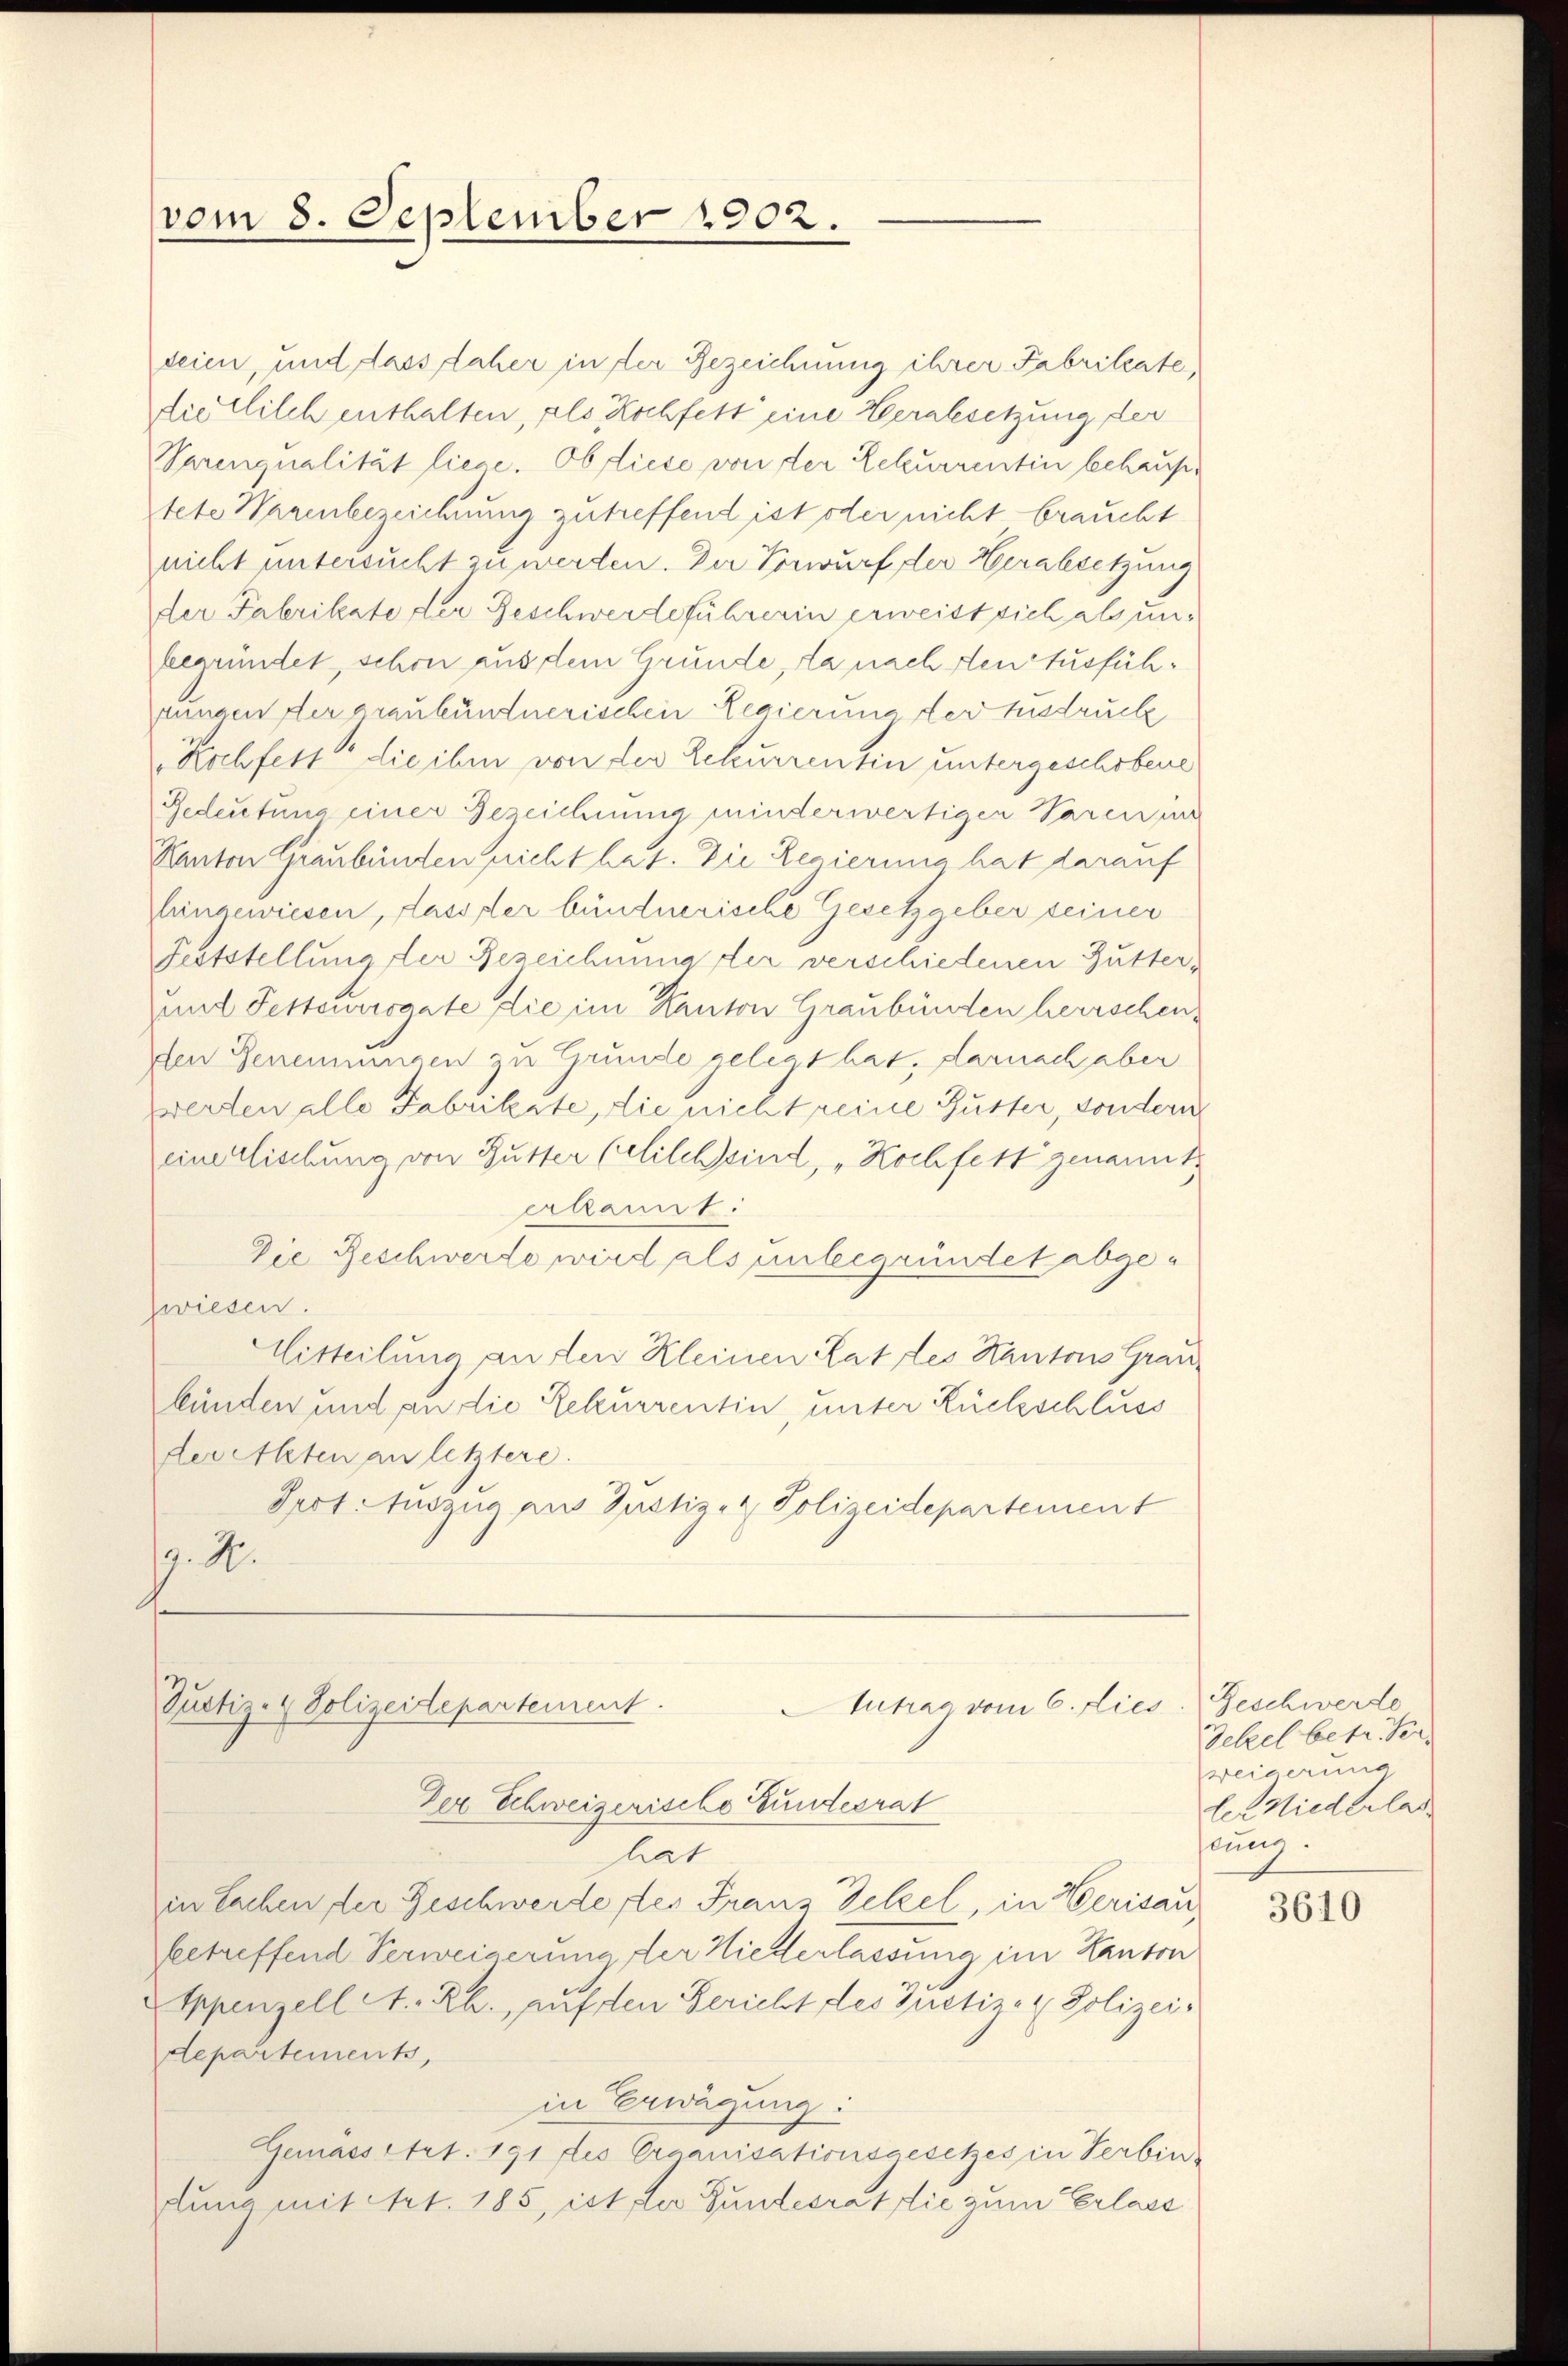
vom 8. September 1902.

deien, und dass daher in der Bezeichnung ihrer Fabritate,
dietlilch enthalten, als Kochfett eine Herabsetzung der
Varenqualität liege. Ob diese von der Rekurrentin behaustete Warenbezeichnung zutreffend ist oder nicht braucht
nicht untersucht zu werden. Der Vorwurf der Herabsetzung
der Fabrikate der Geschwerdeführerin erweist sich als unbegründet, schon aus dem Grunde, da nach den Ausfühjungen der graubündnerischen Regierung der Instruck
Kochfest die ihm von der Schurrentin untergeschobene
Gedeutung einer Bezeichnung minderwertigen Paren un
Kanton Graubünden nicht hat. Die Regierung hat darauf
hingewiesen, dass der bündnerische Gesetzgeber seiner
Feststellung der Bezeichnung der verschiedenen Butter-
und Festeuersgate die im Kanton Graubünden herrschenden Geneingen zu Grunde gelegt hat, darnach aber
zwerten alle Fabrikste, die nicht reine Gutter, sondern
einerlischung von Butter Celilch sind, „Hochfett genannt.
erkannt.
Die Beschwerde wird als unbegründet abge¬
Zwiesen.
Mitteilung an den Kleinen Rat des Kantons Grau
bünden und an die Rekurrentin, unter Rückschluss
der Akten an letztere.
Peot Auszug aus Justiz- & Polizeidepartement
. A.

Zustiz- & Polizeidepartement.
Tutrag vom 6. dies
Der Schweizerische Gundesrat
lat

Geschwerde
Sekel betr. Ver
Weigerung
le Niederlas
hrung.

in Sachen der Geschwerde ses Frau Gelzel, in Herisau
beetreffend Verweigerung der Niederlassung im Kanton
Eppenzell A.-Rh., auf den Bericht des Zustiz- & Polizei-
departement,
in Erwägung:
Gemassert. 191 des Organisationsgesetzes in Serbin-
dung mit Art. 185, ist der Bundesrat die zum Erlass

3610